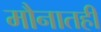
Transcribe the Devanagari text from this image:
मौनातही